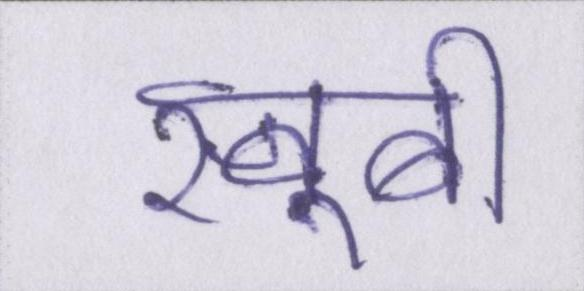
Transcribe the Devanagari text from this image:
खूबी